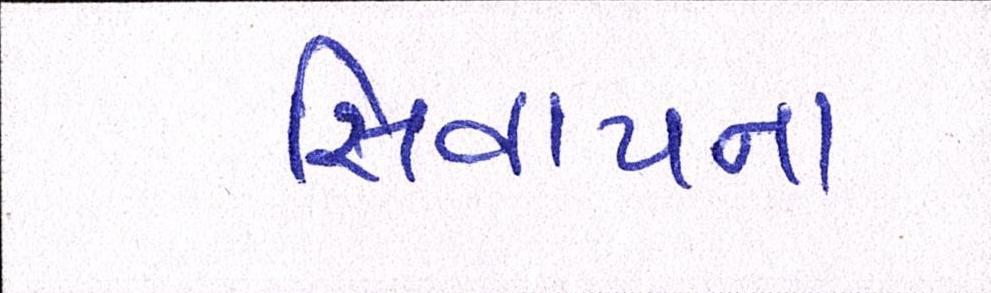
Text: સિવાયના